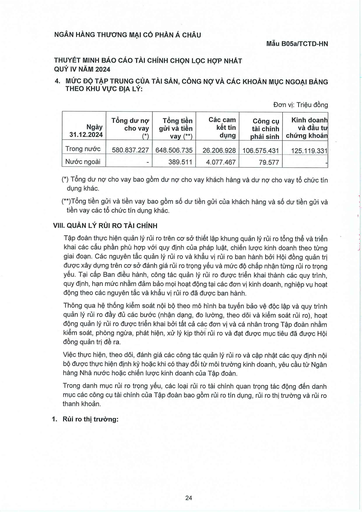
|Ngày 31.12.2024|Tổng dư nợ cho vay (*)|Tổng tiền gửi và tiền vay (**)|Các cam kết tín dụng|Công cụ tài chính phái sinh|Kinh doanh và đầu tư chứng khoán| |---|---|---|---|---|---| |Trong nước|580.837.227|648.506.735|26.206.928|106.575.431|125.119.331| |Nước ngoài||389.511|4.077.467|79.577||